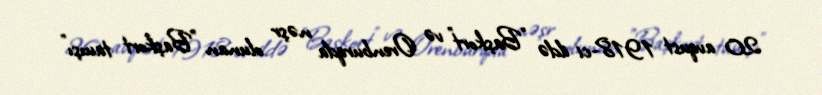
20 avqust 1918-ci ildə "Başkort" və Orenburqda nəşr olunan "Başkort tauışı"